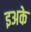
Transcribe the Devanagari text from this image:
इअके